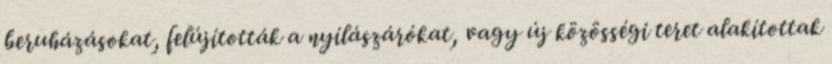
beruházásokat, felújították a nyílászárókat, vagy új közösségi teret alakítottak